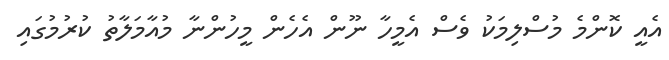
އެއީ ކޮންމެ މުސްލިމަކު ވެސް އެމީހާ ނޫން އެހެން މީހުންނާ މުއާމަލާތު ކުރުމުގައި